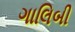
ગાલિબી